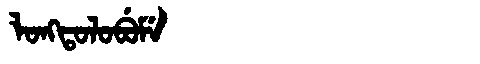
Manchu: ᠯᠣᠩᡨᠣᠯᠣᠪᡠᠮᡝ
Romanization: LONGTOLOBUME